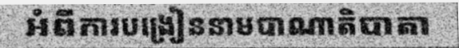
អំពីការបង្រៀននាមបាណាតិបាតា